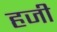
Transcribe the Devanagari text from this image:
हजी